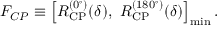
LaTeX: F _ { C P } \equiv \left[ R _ { \mathrm { C P } } ^ { ( 0 ^ { \circ } ) } ( \delta ) , ~ R _ { \mathrm { C P } } ^ { ( 1 8 0 ^ { \circ } ) } ( \delta ) \right] _ { \mathrm { m i n } } .